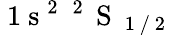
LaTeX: \mathrm{~1~s~}^{2}\; ^{\mathrm{~2~}}\mathrm{~S~}_{\mathrm{~1~/~2~}}